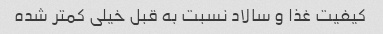
کیفیت غذا و سالاد نسبت به قبل خیلی کمتر شده